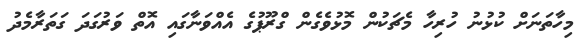
މިހާތަނަށް ކުޅުނު ހުރިހާ މެޗަކުން މޮޅުވެގެން ގްރޫޕުގެ އެއްވަނާގައި އޮތް ވަރުގަދަ ގަތަރާމެދު